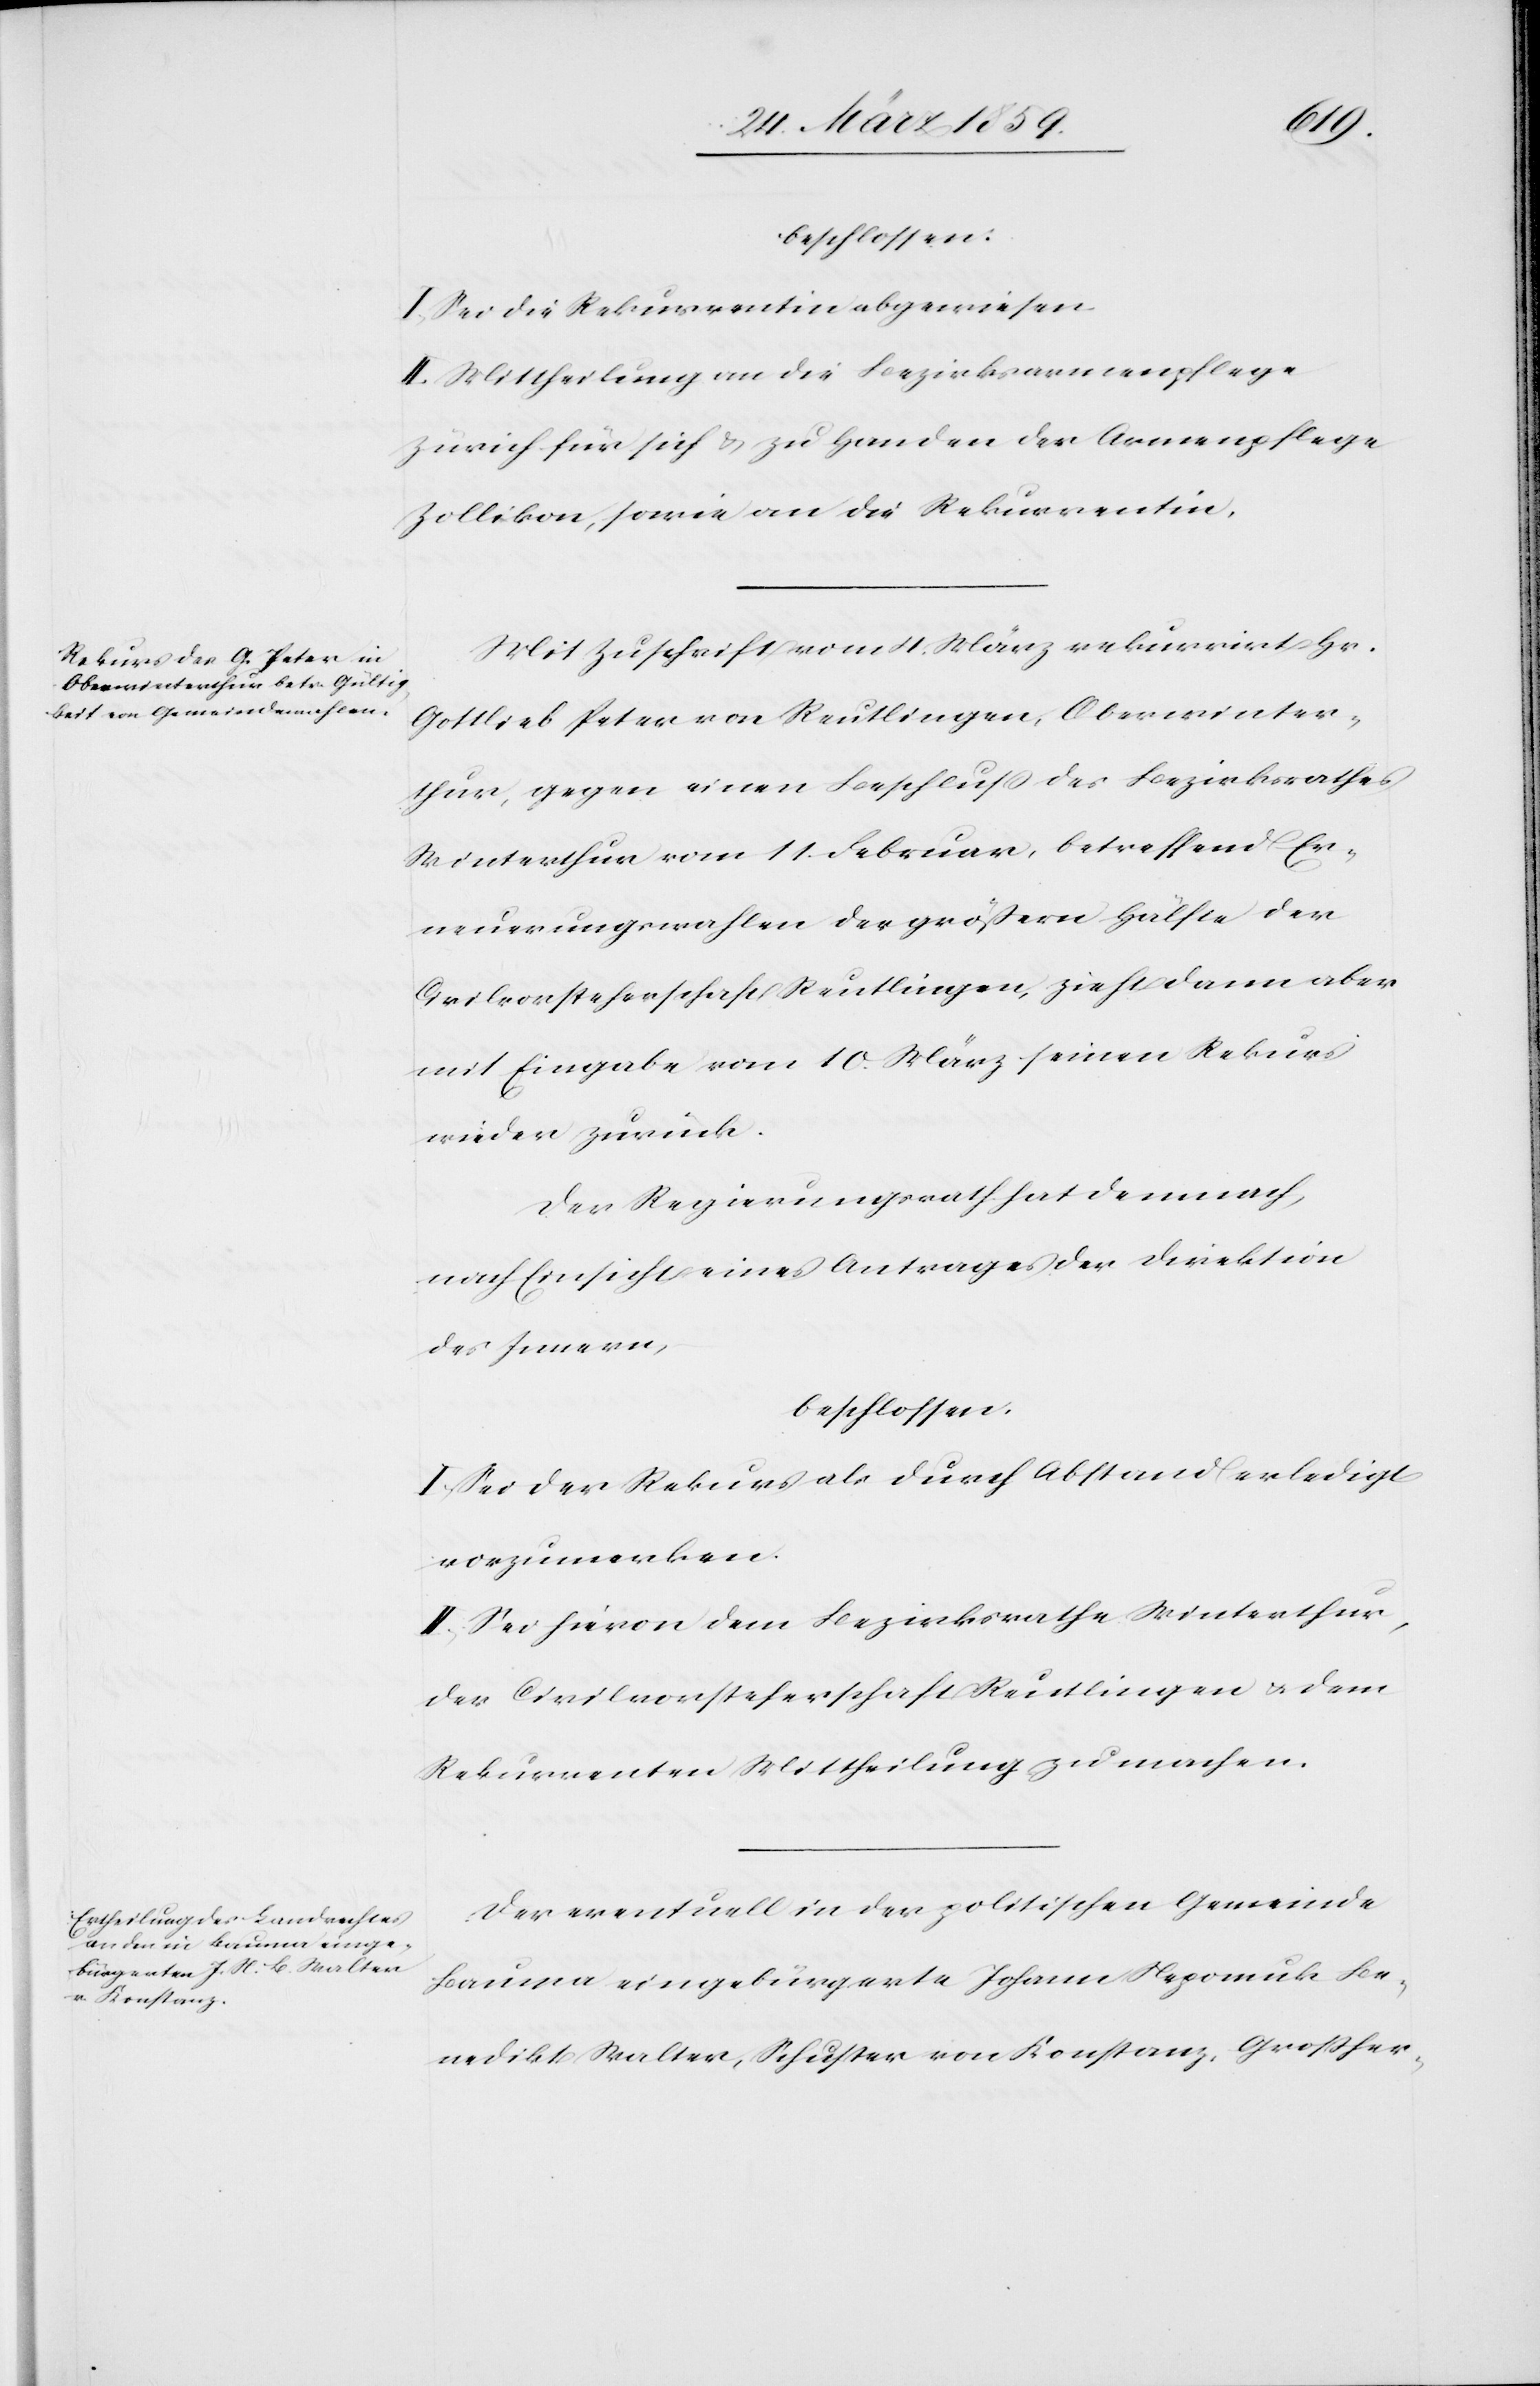
beschlossen:
I. Sei die Rekurrentin abgewiesen.
II. Mittheilung an die Bezirksarmenpflege
Zürich für sich & zu Handen der Armenpflege
Zollikon, sowie an die Rekurrentin.
Mit Zuschrift vom 4. März rekurrirt Hr.
Gottlieb Peter von Reutlingen, Oberwinter¬
thur, gegen einen Beschluß des Bezirksrathes
Winterthur von 11. Februar, betreffend Er¬
neuerungswahlen der größern Hälfte der
Civilvorsteherschaft Reutlingen, zieht dann aber
mit Eingabe vom 10. März seinen Rekurs
wieder zurück.
Der Regierungsrath hat demnach,
nach Einsicht eines Antrages der Direktion
des Innern,
beschlossen:
I. Sei der Rekurs als durch Abstand erledigt
vorzumerken.
II. Sei hievon dem Bezirksrathe Winterthur,
der Civilvorsteherschaft Reutlingen u. dem
Rekurrenten Mittheilung zu machen.
Der eventuell in der politischen Gemeinde
Bauma eingebürgerte Johann Nepomuk Be¬
nedikt Walter, Schuster von Konstanz, Großher-